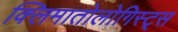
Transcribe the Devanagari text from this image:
क्लिमातोलोगिस्ट्स